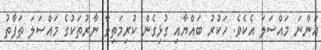
އަންނަ މައްސަލަ އެކެވެ. ހަކުރު ބައްޔާއި ގުޅިގެން ކުރިމަތިވާ ނާރުތަކުގެ މައްސަލަ ތަފާތު